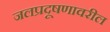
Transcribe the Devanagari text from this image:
जलप्रदूषणावरील